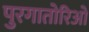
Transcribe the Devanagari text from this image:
पुरगातोरिओ